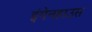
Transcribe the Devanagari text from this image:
इंगेनहाउस